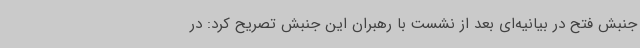
جنبش فتح در بیانیه‌ای بعد از نشست با رهبران این جنبش تصریح کرد: در